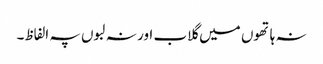
نہ ہاتھوں میں گلاب اور نہ لبوں پہ الفاظ۔